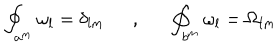
LaTeX: \oint _ { a ^ { m } } \omega _ { l } = \delta _ { l m } , \oint _ { b ^ { m } } \omega _ { l } = \Omega _ { l m }